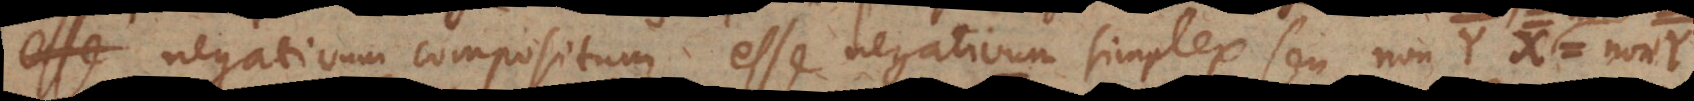
esse negativum compositum esse negativum simplex seu non Y X¯ non =